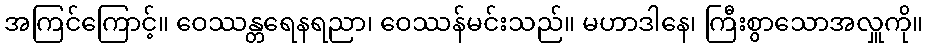
အကြင်ကြောင့်။ ဝေဿန္တရေနရညာ၊ ဝေဿန်မင်းသည်။ မဟာဒါနေ၊ ကြီးစွာသောအလှူကို။